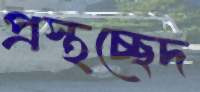
প্রস্থচ্ছেদ